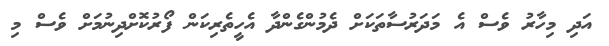
އަދި މިހާރު ވެސް އެ މަދަރުސާތަކަށް ދެމުންގެންދާ އެހީތެރިކަން ފޯރުކޮށްދިނުމަށް ވެސް މި